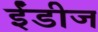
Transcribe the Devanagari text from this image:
ईंडीज